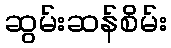
ဆွမ်းဆန်စိမ်း